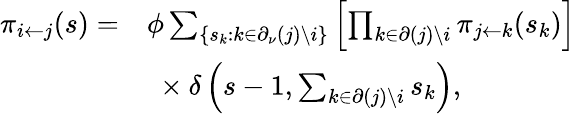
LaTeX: \begin{array}{rl}{\pi_{i\leftarrow j}(s)=}&{\phi\sum_{\{ s_{k}:k\in\partial_{\nu}(j)\backslash i\} }\left[\prod_{k\in\partial(j)\backslash i}\pi_{j\leftarrow k}(s_{k})\right]}\\ &{\ \times\delta\left(s-1,\sum_{k\in\partial(j)\backslash i}s_{k}\right),}\end{array}